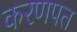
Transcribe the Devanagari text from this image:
करणपत